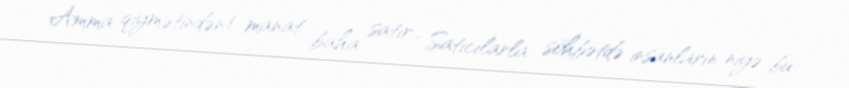
Amma qiymətindən 1 manat baha satır... Satıcılarla söhbətdə insanların niyə bu